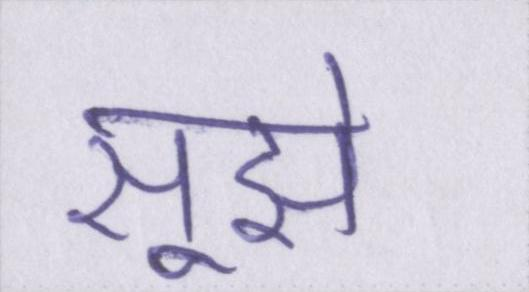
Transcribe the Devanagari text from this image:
सूझे